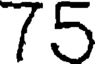
75